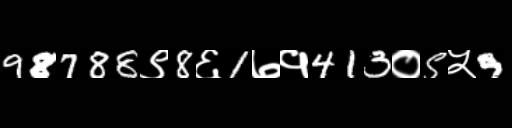
Text: 98788९8६1७१413०5५9